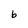
Character: b